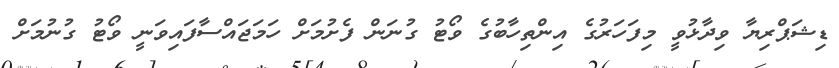
ޑިޝަޕްރިޔާ ވިދާޅުވީ މިފަހަރުގެ އިންތިހާބުގެ ވޯޓު ގުނަން ފެށުމަށް ހަމަޖައްސާފައިވަނީ ވޯޓު ގުނުމަށް